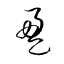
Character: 盈